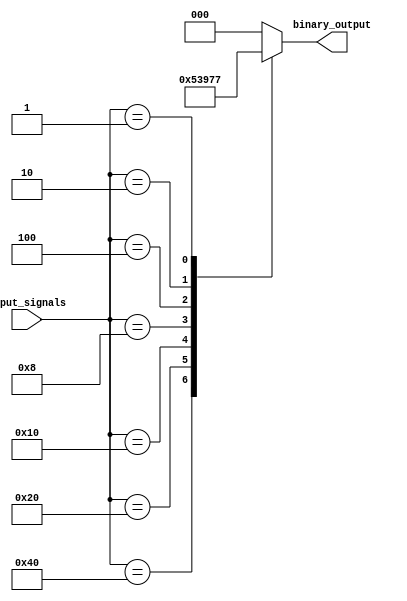
module priority_encoder
(
    input [7:0] input_signals,
    output reg [2:0] binary_output
);

always @*
begin
    case(input_signals)
        8'b10000000: binary_output = 3'b000;
        8'b01000000: binary_output = 3'b001;
        8'b00100000: binary_output = 3'b010;
        8'b00010000: binary_output = 3'b011;
        8'b00001000: binary_output = 3'b100;
        8'b00000100: binary_output = 3'b101;
        8'b00000010: binary_output = 3'b110;
        8'b00000001: binary_output = 3'b111;
        default: binary_output = 3'b000; // if no input is detected
    endcase
end

endmodule